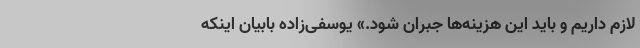
لازم داریم و باید این هزینه‌ها جبران شود.» یوسفی‌زاده بابیان اینکه